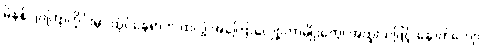
မိနစ် ၂၀ကြာတိုင်းမှာ ထိုင်နေရာက ထလို့ အကြောလျှော့တာမျိုးတွေ၊ အထူးသဖြင့် နောက်ကျော၊